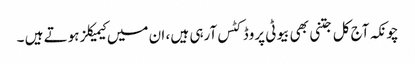
چونکہ آج کل جتنی بھی بیوٹی پروڈکٹس آرہی ہیں ، ان میں کیمیکلز ہوتے ہیں ۔